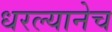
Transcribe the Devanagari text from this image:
धरल्यानेच